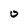
Character: O